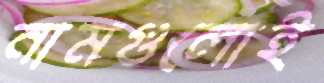
নামগুলোই